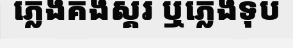
ភ្លេងគងស្គរ ឬភ្លេងទុប